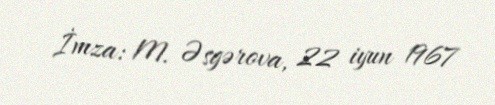
İmza: M. Əsgərova, 22 iyun 1967